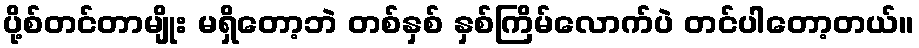
ပို့စ်တင်တာမျိုး မရှိတော့ဘဲ တစ်နှစ် နှစ်ကြိမ်လောက်ပဲ တင်ပါတော့တယ်။